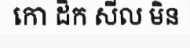
កោ ដិក សីល មិន